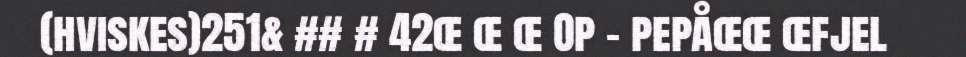
(hviskes)251& ## # 42œ œ œ Op - pepåœœ œfjel